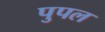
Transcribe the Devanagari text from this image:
पुपल